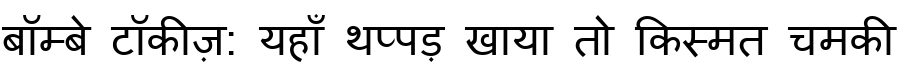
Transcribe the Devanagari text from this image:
बॉम्बे टॉकीज़: यहाँ थप्पड़ खाया तो किस्मत चमकी